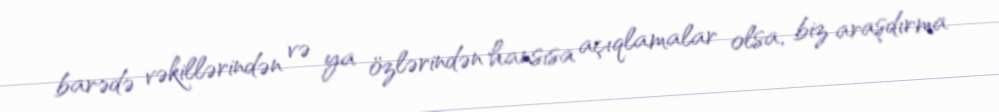
barədə vəkillərindən və ya özlərindən hansısa açıqlamalar olsa, biz araşdırma